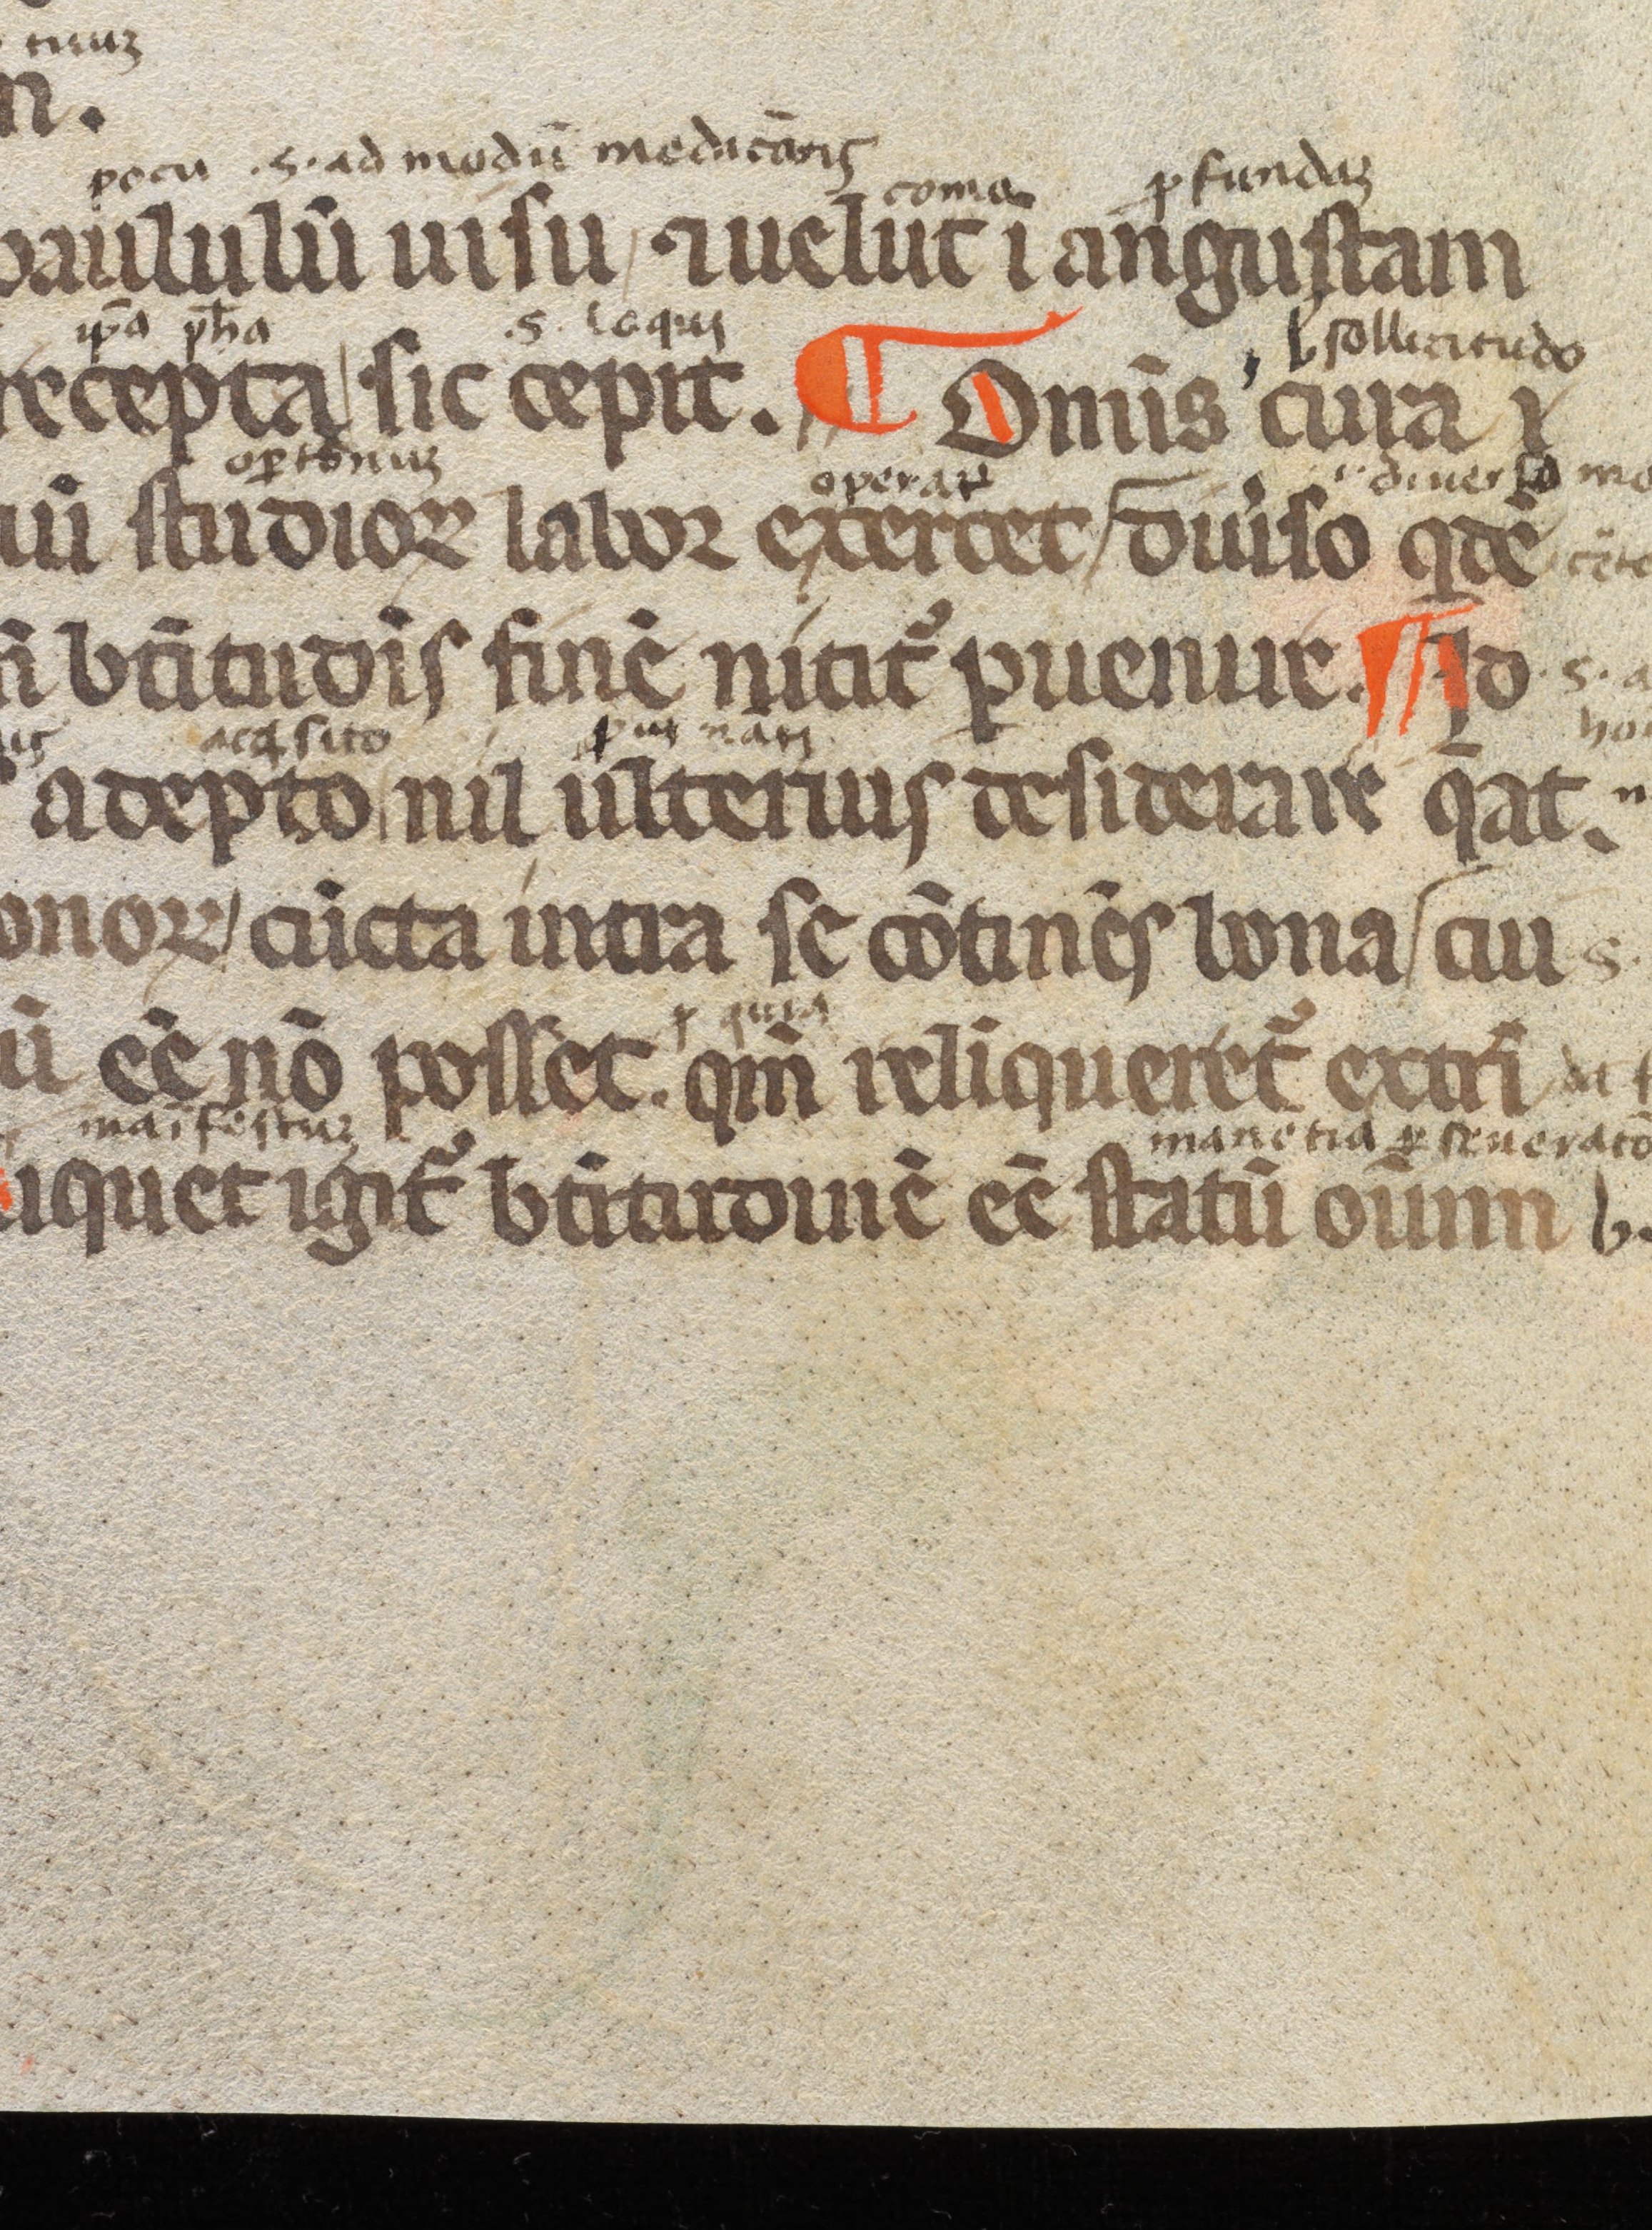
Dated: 1350–1399